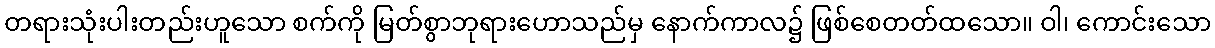
တရားသုံးပါးတည်းဟူသော စက်ကို မြတ်စွာဘုရားဟောသည်မှ နောက်ကာလ၌ ဖြစ်စေတတ်ထသော။ ဝါ၊ ကောင်းသော